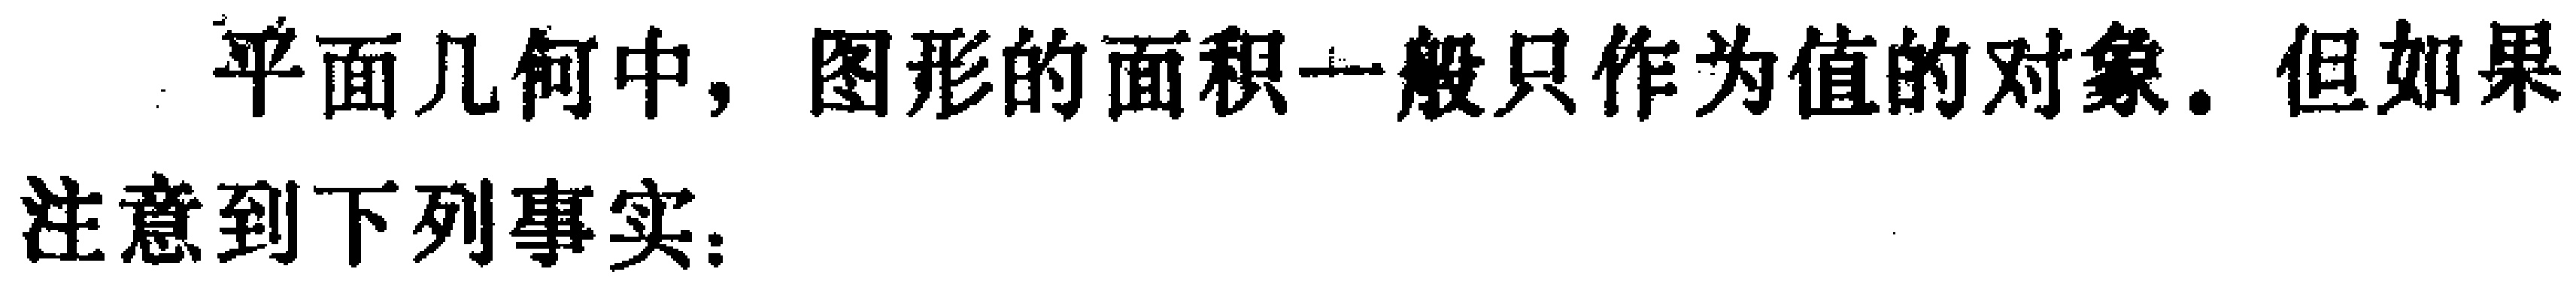
平面几何中，图形的面积一般只作为值的对象. 但如果
注意到下列事实：